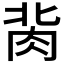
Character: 𰮔